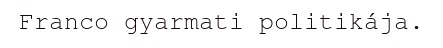
Franco gyarmati politikája.